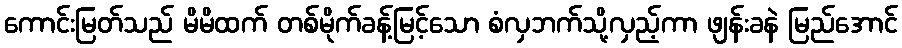
ကောင်းမြတ်သည် မိမိထက် တစ်မိုက်ခန့်မြင့်သော စံလှဘက်သို့လှည့်ကာ ဖျန်းခနဲ မြည်အောင်